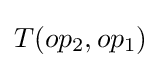
T(op_{2},op_{1})